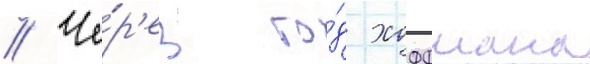
// Че́р'ез го́д хоффмана